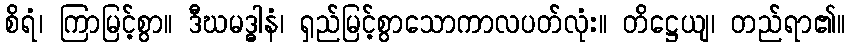
စိရံ၊ ကြာမြင့်စွာ။ ဒီဃမဒ္ဓါနံ၊ ရှည်မြင့်စွာသောကာလပတ်လုံး။ တိဋ္ဌေယျ၊ တည်ရာ၏။